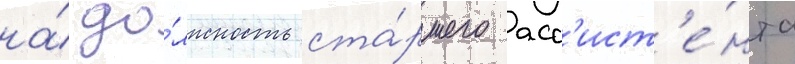
на́ до́лжность ста́ршего асс'ист'е́нта